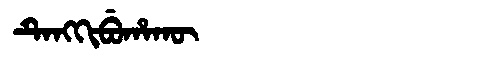
Manchu: ᡨᡝᠩᡴᡳᠪᡠᡥᠠᡴᡡ
Romanization: TENGKIBUHAKŪ